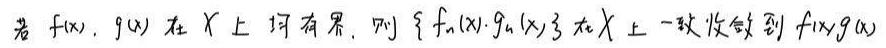
若 $f(x), g(x)$ 在 $X$ 上均有界，则 $\{ f_n(x)\cdot g_n(x)\}$ 在 $X$ 上一致收敛到 $f(x)g(x)$ 。